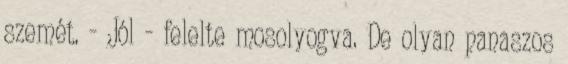
szemét. - Jól - felelte mosolyogva. De olyan panaszos